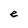
Character: e